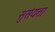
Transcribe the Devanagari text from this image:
सुसंयत्ता